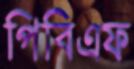
পিবিএফ